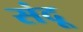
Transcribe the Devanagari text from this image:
संदू